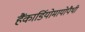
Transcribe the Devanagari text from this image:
हैंकार्डियोमायोपैथी